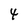
Character: 4